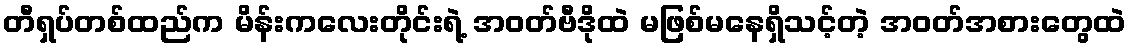
တီရှပ်တစ်ထည်က မိန်းကလေးတိုင်းရဲ့ အဝတ်ဗီဒိုထဲ မဖြစ်မနေရှိသင့်တဲ့ အဝတ်အစားတွေထဲ